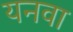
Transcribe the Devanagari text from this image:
यनवा